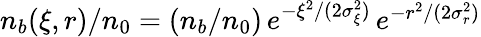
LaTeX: \begin{array}{r}{n_{b}(\xi,r)/n_{0}=\left(n_{b}/n_{0}\right)\, e^{-\xi^{2}/(2\sigma_{\xi}^{2})}\, e^{-r^{2}/(2\sigma_{r}^{2})}}\end{array}